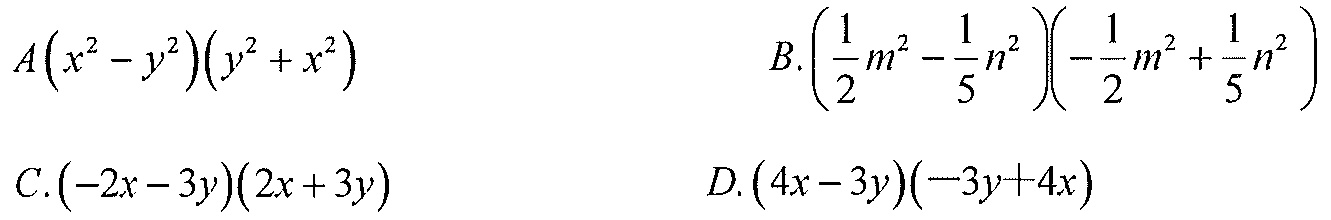
\(A\left(x^{2}-y^{2}\right)\left(y^{2}+x^{2}\right)\)
\(B.\left(\dfrac{1}{2}m^{2}-\dfrac{1}{5}n^{2}\right)\left(-\dfrac{1}{2}m^{2}+\dfrac{1}{5}n^{2}\right)\)
\(C.\left(-2x - 3y\right)\left(2x + 3y\right)\)
\(D.\left(4x - 3y\right)\left(-3y + 4x\right)\)